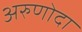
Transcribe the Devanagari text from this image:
अरुणोदा